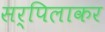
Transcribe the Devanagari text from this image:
सर्पिलाकर